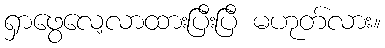
ရှာဖွေလေ့လာထားပြီးပြီ မဟုတ်လား။